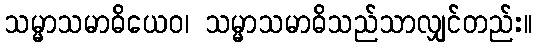
သမ္မာသမာဓိယေဝ၊ သမ္မာသမာဓိသည်သာလျှင်တည်း။